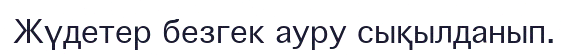
Жүдетер безгек ауру сықылданып.